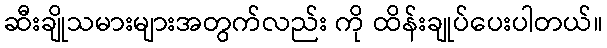
ဆီးချိုသမားများအတွက်လည်း ကို ထိန်းချုပ်ပေးပါတယ်။